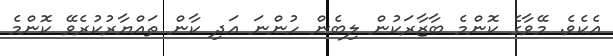
އެކެވެ. މޭވާގެ ކޮންމެ ބާޒާރަކުން ލިބެން ހުންނަ އަދި ކާން ތައްޔާރުކުރެވޭ ކޮންމެ